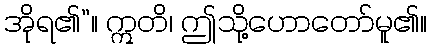
အိုရ၏”။ ဣတိ၊ ဤသို့ဟောတော်မူ၏။